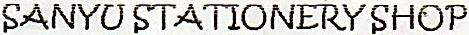
SANYU STATIONERY SHOP